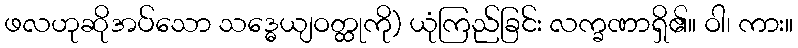
ဖလဟုဆိုအပ်သော သဒ္ဓေယျဝတ္ထုကို) ယုံကြည်ခြင်း လက္ခဏာရှိ၏။ ဝါ၊ ကား။